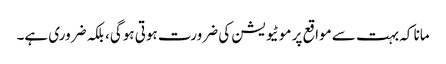
مانا کہ بہت سے مواقع پر موٹیویشن کی ضرورت ہوتی ہوگی، بلکہ ضروری ہے۔